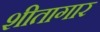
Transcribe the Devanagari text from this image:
शीतागार